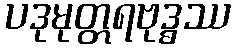
ပဒုမုတ္တရဗုဒ္ဓဿ